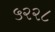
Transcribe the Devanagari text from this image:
५२२८